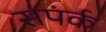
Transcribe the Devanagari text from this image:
सपंर्क